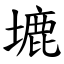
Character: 塶